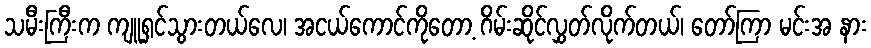
သမီးကြီးက ကျူရှင်သွားတယ်လေ၊ အငယ်ကောင်ကိုတော့ ဂိမ်းဆိုင်လွှတ်လိုက်တယ်၊ တော်ကြာ မင်းအ နား